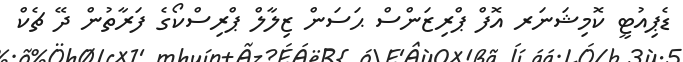
ޑެޕިއުޓީ ކޮމިޝަނަރ އޮފް ޕްރިޒަންސް ޙަސަން ޒިލާލް ޕްރިސްކޯގެ ފަރާތުން ދޭ ޗެކް